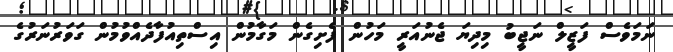
ނަމަވެސް ފަޒީލް ނަޖީބު މިދިޔަ ޖެނުއަރީ މަހުން ފެށިގެން މަގާމުން އިސްތިއުފާދެއްވުމުން ގަވަރުނަރުގެ